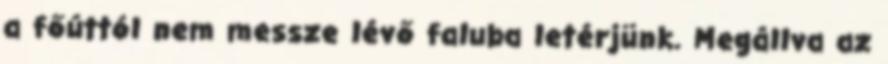
a főúttól nem messze lévő faluba letérjünk. Megállva az